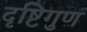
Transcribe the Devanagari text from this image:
दृष्टिगुण